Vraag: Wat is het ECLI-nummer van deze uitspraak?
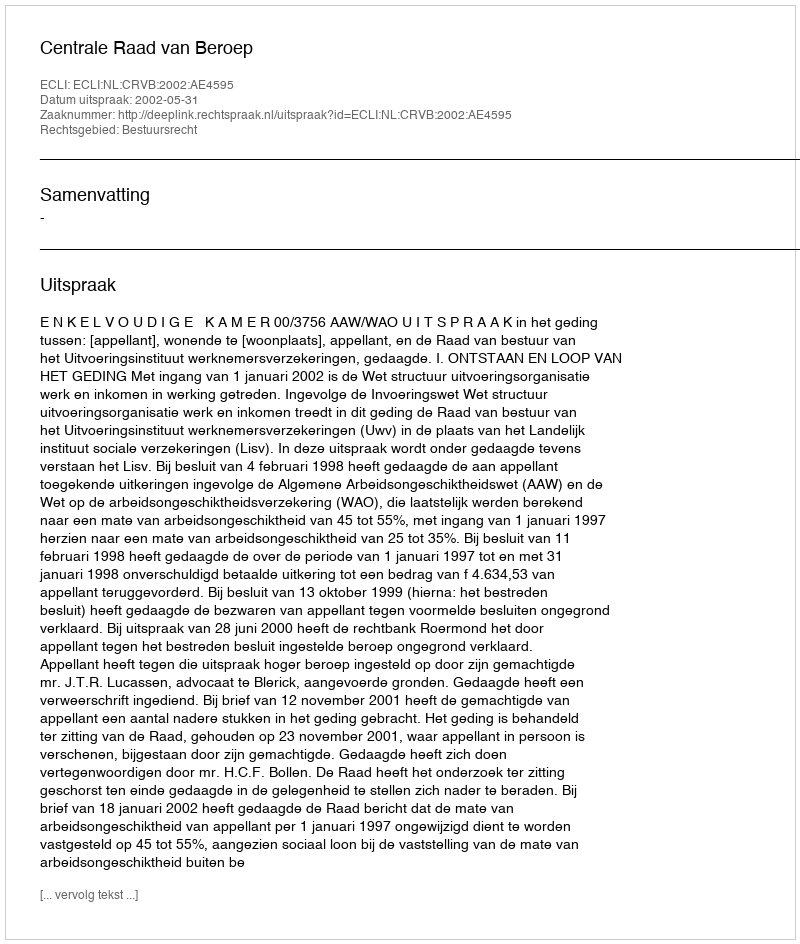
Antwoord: ECLI:NL:CRVB:2002:AE4595